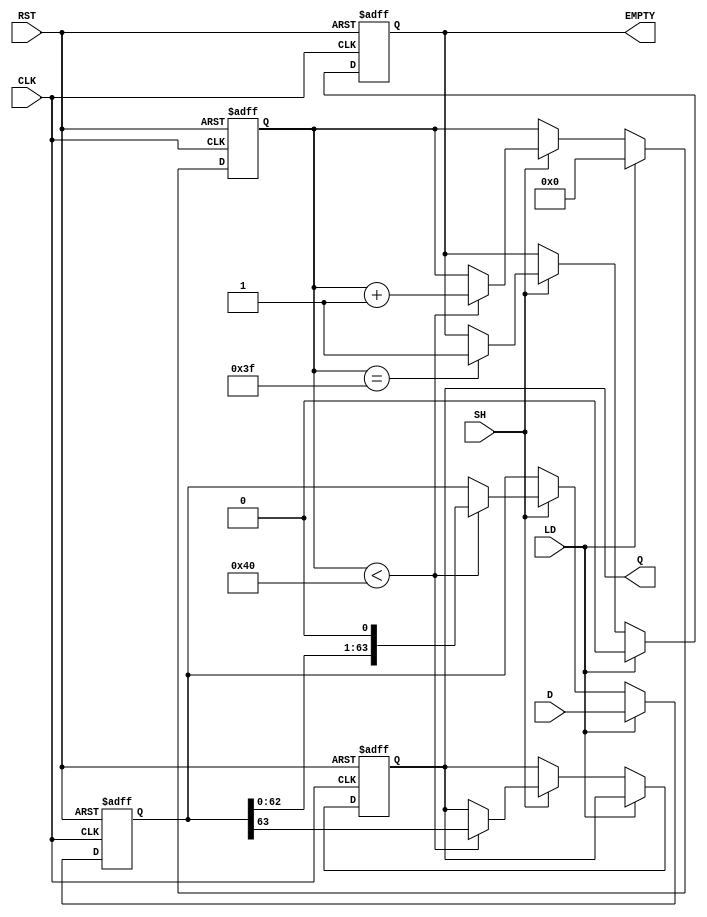
module PISO_Register (
    input  wire [63:0] D,      // 64-bit input data
    input  wire LD,            // Load signal
    input  wire SH,            // Shift signal
    input  wire CLK,           // Clock signal
    input  wire RST,           // Reset signal
    output reg  Q,             // Serial output
    output reg  EMPTY          // Empty signal
);

    reg [63:0] shift_reg;      // 64-bit shift register
    reg [6:0] count;           // Counter for bits shifted out

    // Asynchronous reset and loading logic
    always @(posedge CLK or posedge RST) begin
        if (RST) begin
            shift_reg <= 64'b0; // Clear the shift register
            count <= 7'b0;      // Reset the counter
            Q <= 1'b0;          // Clear the serial output
            EMPTY <= 1'b1;      // Register is empty
        end else begin
            if (LD) begin
                shift_reg <= D;  // Load data into the shift register
                count <= 7'b0;   // Reset the counter
                EMPTY <= 1'b0;   // Register is not empty
            end else if (SH) begin
                if (count < 64) begin
                    Q <= shift_reg[63]; // Output the MSB
                    shift_reg <= {shift_reg[62:0], 1'b0}; // Shift left
                    count <= count + 1; // Increment the counter
                end
                if (count == 63) begin
                    EMPTY <= 1'b1; // Set EMPTY when all bits have been shifted out
                end
            end
        end
    end

endmodule